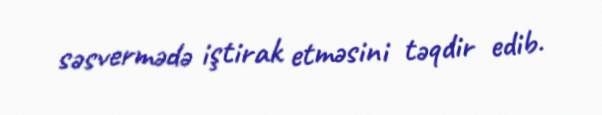
səsvermədə iştirak etməsini təqdir edib.